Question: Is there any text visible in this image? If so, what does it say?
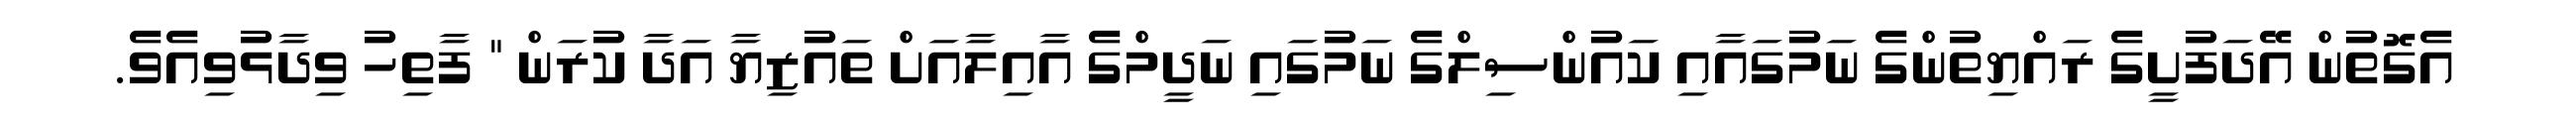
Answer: އެގޮތުން އޭދަފުށީގެ ރައްޔިތުންގެ ނަމުގައާއި ކައުންސިލްގެ ނަމުގައި ނަދީމްގެ އާއިލާއަށް ތައުޒިޔާ އަދާ ކުރަން " ފާތިހު ވިދާޅުވިއެވެ.